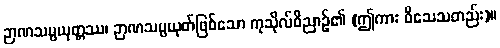
ဉာဏသမ္ပယုတ္တဿ၊ ဉာဏသမ္ပယုတ်ဖြစ်သော ကုသိုလ်ဝိညာဉ်၏ (ဤကား ဝိသေသတည်း)။